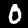
Digit: 0